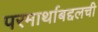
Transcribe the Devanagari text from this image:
परमार्थाबद्दलची